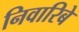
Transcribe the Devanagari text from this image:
निवारिबे